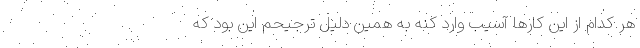
هر کدام از این کارها آسیب وارد کنه به همین دلیل ترجیحم این بود که